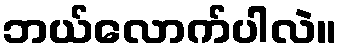
ဘယ်လောက်ပါလဲ။